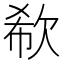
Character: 欷